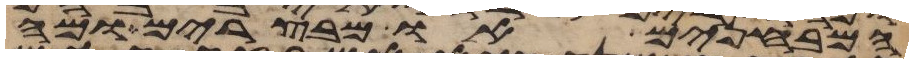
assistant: המבחנים או מבצרים ומה